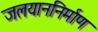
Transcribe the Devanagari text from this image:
जलयाननिर्माण